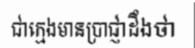
ជាក្មេងមានប្រាជ្ញាដឹងថា